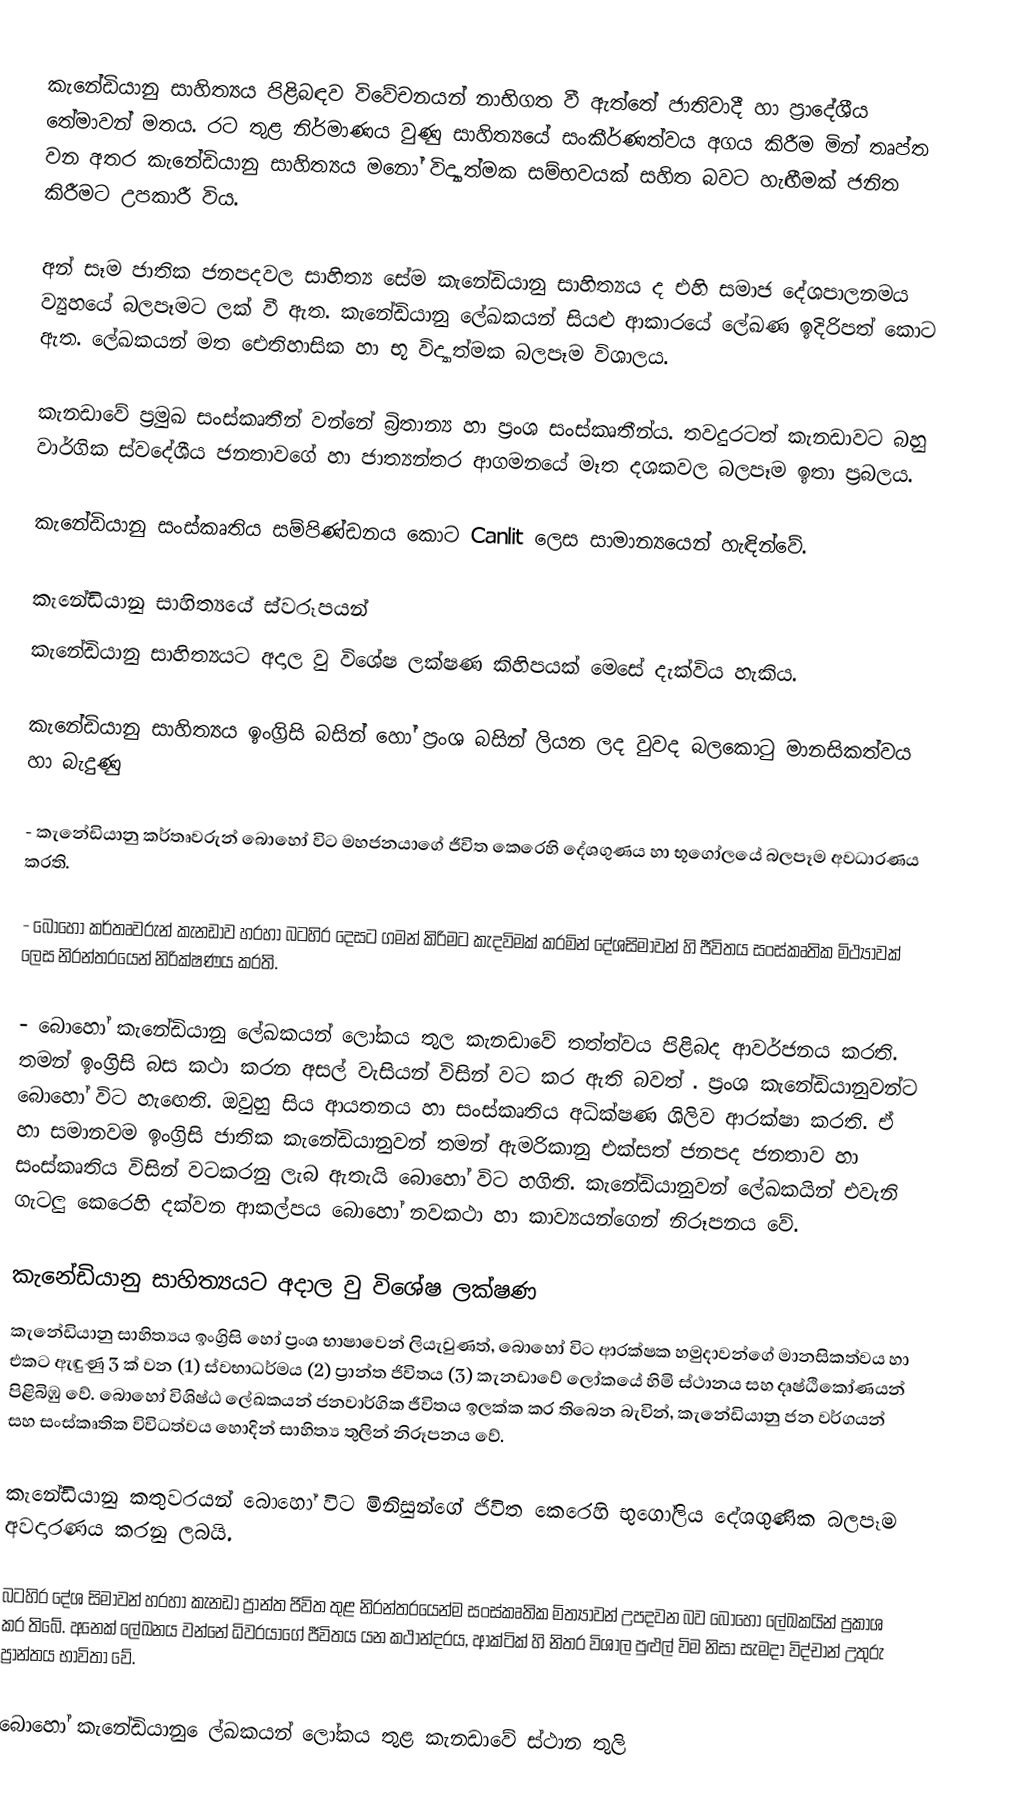
කැනේඩියානු සාහිත්‍යය පිළිබඳව විවේචනයන් නාභිගත වී ඇත්තේ ජාතිවාදී හා ප්‍රාදේශීය තේමාවන් මතය. රට තුළ නිර්මාණය වුණු සාහිත්‍යයේ සංකීර්ණත්වය අගය කිරීම මින් තෘප්ත වන අතර කැනේඩියානු සාහිත්‍යය මනෝ විද්‍යාත්මක සම්භවයක් සහිත බවට හැඟීමක් ජනිත කිරීමට උපකාරී විය.

අන් සෑම ජාතික ජනපදවල සාහිත්‍ය සේම කැනේඩියානු සාහිත්‍යය ද එහි සමාජ දේශපාලනමය ව්‍යුහයේ බලපෑමට ලක් වී ඇත. කැනේඩියානු ලේඛකයන් සියළු ආකාරයේ ලේඛණ ඉදිරිපත් කොට ඇත. ලේඛකයන් මත ඓතිහාසික හා භූ විද්‍යාත්මක බලපෑම විශාලය‍.

කැනඩාවේ ප්‍රමුඛ සංස්කෘතීන් වන්නේ බ්‍රිතාන්‍ය හා ප්‍රංශ සංස්කෘතීන්ය. තවදුරටත් කැනඩාවට බහු වාර්ගික ස්වදේශීය ජනතාවගේ හා ජාත්‍යන්තර ආගමනයේ මෑත දශකවල බලපෑම ඉතා ප්‍රබලය.

කැනේඩියානු සංස්කෘතිය සම්පිණ්ඩනය කොට Canlit ලෙස සාමාන්‍යයෙන් හැඳින්වේ.

කැනේඩියානු සාහිත්‍යයේ ස්වරූපයන්
කැනේඩියානු සාහිත්‍යයට අදාල වු විශේෂ ලක්ෂණ කිහිපයක් මෙසේ දැක්විය හැකිය.

කැනේඩියානු සාහිත්‍යය ඉංග්‍රිසි බසින් හෝ ප්‍රංශ බසින් ලියන ලද වුවද බලකොටු මානසිකත්වය හා බැදුණු

- කැනේඩියානු කර්තෘවරුන් බොහෝ විට මහජනයාගේ ජීවිත කෙරෙහි දේශගුණය හා භූගෝලයේ බලපෑම අවධාරණය කරති.

- බොහෝ කර්තෘවරුන් කැනඩාව හරහා බටහිර දෙසට ගමන් කිරිමට කැදවිමක් කරමින් දේශසිමාවන් හි ජීවිතය සංස්කෘතික මිථ්‍යාවක් ලෙස නිරන්තරයෙන් නිරික්ෂණය කරති.

- බොහෝ කැනේඩියානු  ලේඛකයන් ලෝකය තුල කැනඩාවේ තත්ත්වය පිළිබද ආවර්ජනය කරති. තමන් ඉංග්‍රිසි බස කථා කරන අසල් වැසියන් විසින් වට කර ඇති බවත් . ප්‍රංශ කැනේඩියානුවන්ට බොහෝ විට හැඟෙති. ඔවුහු සිය ආයතනය හා සංස්කෘතිය අධික්ෂණ ශිලිව ආරක්ෂා කරති. ඒ හා සමානවම ඉංග්‍රිසි ජාතික කැනේඩියානුවන් තමන් ඇමරිකානු එක්සත් ජනපද ජනතාව හා සංස්කෘතිය විසින් වටකරනු ලැබ ඇතැයි බොහෝ විට හගිති.  කැනේඩියානුවන් ලේඛකයින් එවැනි ගැටලු කෙරෙහි දක්වන ආකල්පය බොහෝ නවකථා හා කාව්‍යයන්ගෙන් නිරූපනය වේ.

කැනේඩියානු සාහිත්‍යයට අදාල වු විශේෂ ලක්ෂණ
කැනේඩියානු සාහිත්‍යය ඉංග්‍රිසි හෝ ප්‍රංශ භා‍ෂාවෙන් ලියැවුණත්, බොහෝ විට ආරක්ෂක හමුදාවන්ගේ මානසිකත්වය හා එකට ඇඳුණු 3 ක් වන (1) ස්වභාධර්මය (2) ප්‍රාන්ත ජිවිතය (3) කැනඩාවේ ලෝකයේ හිමි ස්ථානය සහ දෘෂ්ඨිකෝණ‍යන් පිළිබිඹු වේ. බොහෝ විශිෂ්ඨ ලේඛකයන් ජනවාර්ගික ජීවිතය ඉලක්ක කර තිබෙන බැවින්, කැනේඩියානු ජන වර්ගයන් සහ සංස්කෘතික විවිධත්වය හොදින් සාහිත්‍ය තුලින් නිරූපනය වේ.

	කැනේඩියානු කතුවරයන් ‍බොහෝ විට මිනිසුන්ගේ ජිවිත කෙරෙහි භුගෝලිය දේශගුණික බලපෑම අවදාරණය කරනු ලබයි.

බටහිර දේශ සිමාවන් හරහා කැනඩා ප්‍රාන්ත ජිවිත තුළ නිරන්තරයෙන්ම සංස්කෘතික මිත්‍යාවන් උපදවන බව බොහෝ ලේඛකයින් ප්‍රකාශ කර තිබේ. අනෙක් ලේඛනය වන්නේ ධිවරයාගේ ජීවිතය යන කථාන්දරය, ආක්ටික් හි නිතර විශාල පුළුල් විම නිසා සැමදා විද්‍චාන් උතුරු ප්‍රාන්තය භාවිතා වේ.

බොහෝ කැනේඩියානු ‍ෙල්ඛකයන් ලෝකය තුළ කැනඩාවේ ස්ථාන තුලි